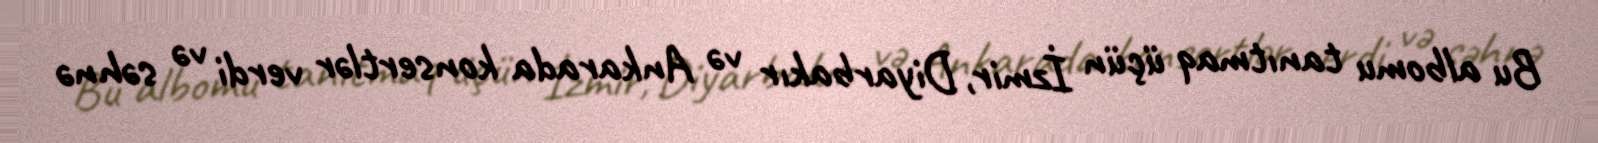
Bu albomu tanıtmaq üçün İzmir, Diyarbakır və Ankarada konsertlər verdi və səhnə